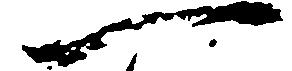
一